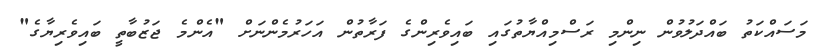
މަސައްކަތު ބައްދަލުވުން ނިންމި ރަސްމިއްޔާތުގައި ބައިވެރިންގެ ފަރާތުން އަހަރުމެންނަށް "އެންމެ ޖަޒުބާތީ ބައިވެރިޔާގެ"